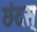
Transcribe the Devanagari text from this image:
छंदस्